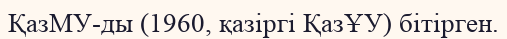
ҚазМУ-ды (1960, қазіргі ҚазҰУ) бітірген.